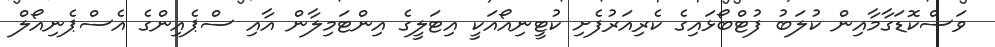
ވަސްކޮޑަގާމާއިން ކުލަބު ފުޓްބޯޅައިގެ ކެރިއަރުފެށި ކުޓީނިއޯއަކީ އިޓަލީގެ އިންޓަމިލާން އާއި ސްޕެއިންގެ އެސްޕެނިއޯލް